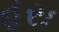
હરા